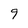
Character: 9